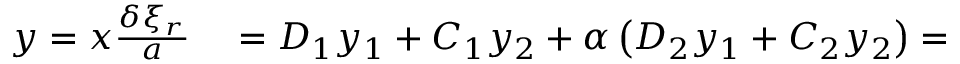
\begin{array} { r l } { y = x \frac { \delta \xi _ { r } } { a } } & { { } = D _ { 1 } y _ { 1 } + C _ { 1 } y _ { 2 } + \alpha \left( D _ { 2 } y _ { 1 } + C _ { 2 } y _ { 2 } \right) = } \end{array}